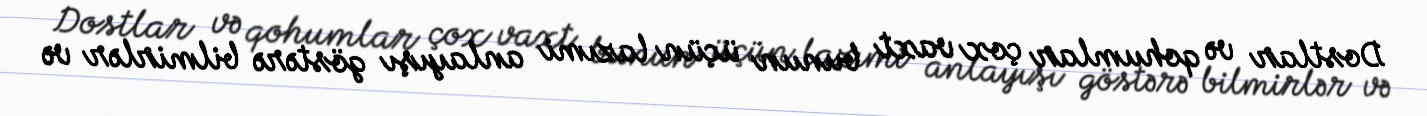
Dostlar və qohumlar çox vaxt bunun üçün lazımi anlayışı göstərə bilmirlər və